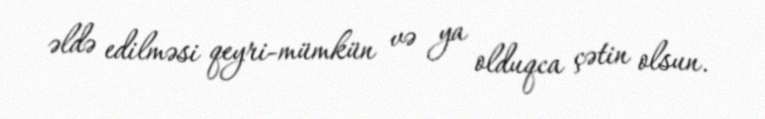
əldə edilməsi qeyri-mümkün və ya olduqca çətin olsun.